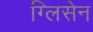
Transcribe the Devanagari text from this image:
ग्लिसेन